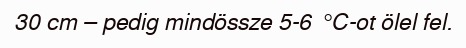
30 cm – pedig mindössze 5-6 °C-ot ölel fel.